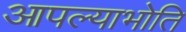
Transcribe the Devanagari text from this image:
आपल्याभोति